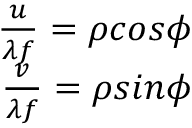
\begin{array} { r } { \frac { u } { \lambda f } = \rho c o s \phi } \\ { \frac { v } { \lambda f } = \rho s i n \phi } \end{array}